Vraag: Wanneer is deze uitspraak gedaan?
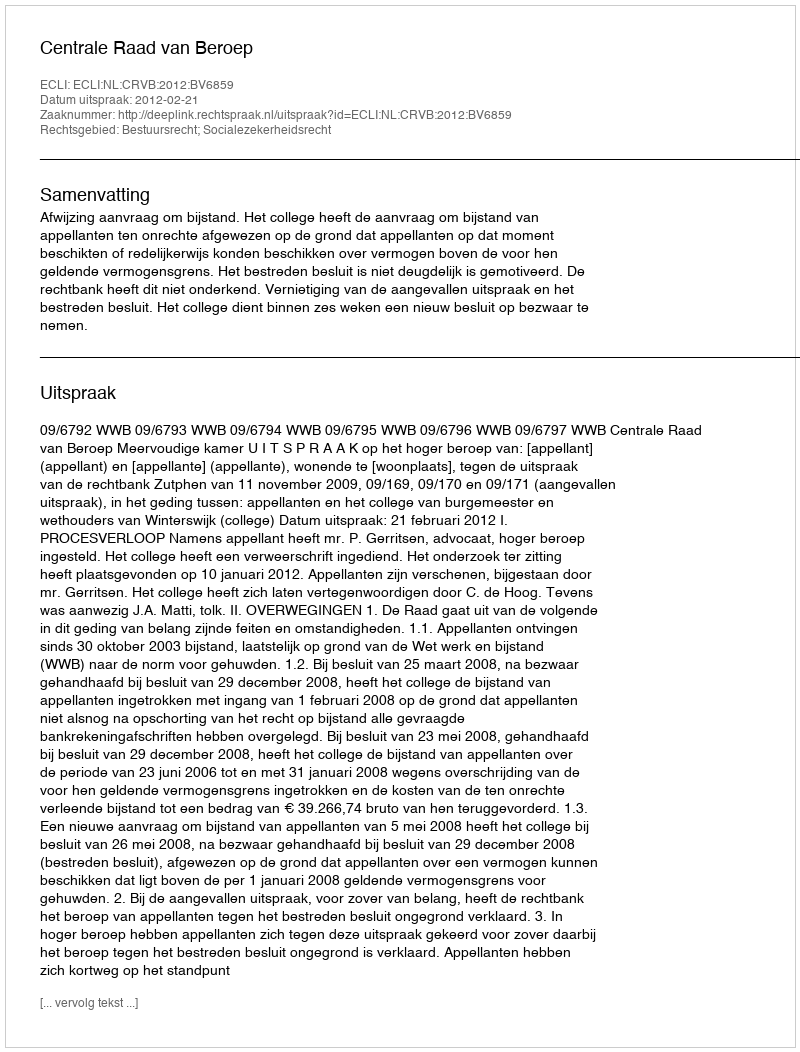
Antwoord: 2012-02-21